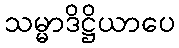
သမ္မာဒိဋ္ဌိယာပေ